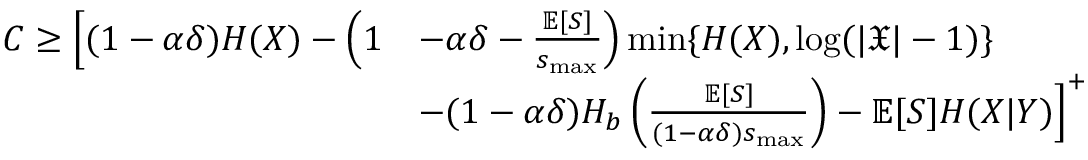
\begin{array} { r l } { C \ge \Big [ ( 1 - \alpha \delta ) H ( X ) - \Big ( 1 } & { - \alpha \delta - \frac { \mathbb { E } [ S ] } { s _ { \operatorname* { m a x } } } \Big ) \operatorname* { m i n } \{ H ( X ) , \log ( | \mathfrak { X } | - 1 ) \} } \\ & { - ( 1 - \alpha \delta ) H _ { b } \left( \frac { \mathbb { E } [ S ] } { ( 1 - \alpha \delta ) s _ { \operatorname* { m a x } } } \right) - \mathbb { E } [ S ] H ( X | Y ) \Big ] ^ { + } } \end{array}